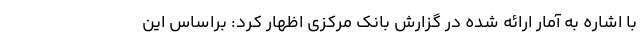
با اشاره به آمار ارائه شده در گزارش بانک مرکزی اظهار کرد: براساس این